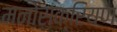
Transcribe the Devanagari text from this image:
मनोसक्रियण